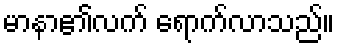
မာနာ၏လက် ရောက်လာသည်။